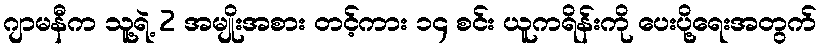
ဂျာမနီက သူ့ရဲ့ 2 အမျိုးအစား တင့်ကား ၁၄ စင်း ယူကရိန်းကို ပေးပို့ရေးအတွက်